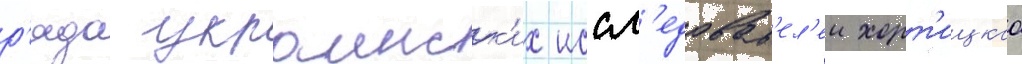
р'яда украинск'их иссл'едоват'ел'еи хорт'ицкаа